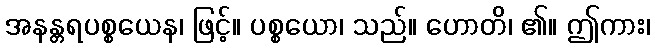
အနန္တရပစ္စယေန၊ ဖြင့်။ ပစ္စယော၊ သည်။ ဟောတိ၊ ၏။ ဤကား၊